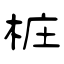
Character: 桩